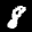
Label: 8